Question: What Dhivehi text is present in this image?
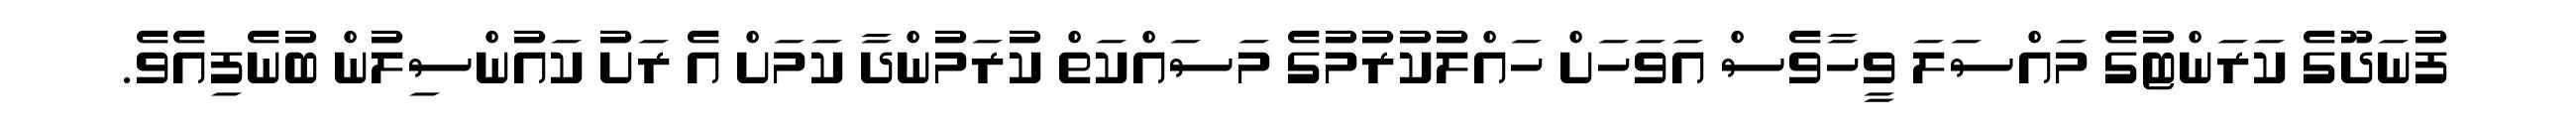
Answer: ފުނަދޫގެ ކަރަންޓުގެ މައްސަލަ ވީހާވެސް އަވަހަށް ހައްލުކުރުމުގެ މަސައްކަތް ކުރަމުންދާ ކަމަށް އެ ރަށު ކައުންސިލުން ބުނެފިއެވެ.